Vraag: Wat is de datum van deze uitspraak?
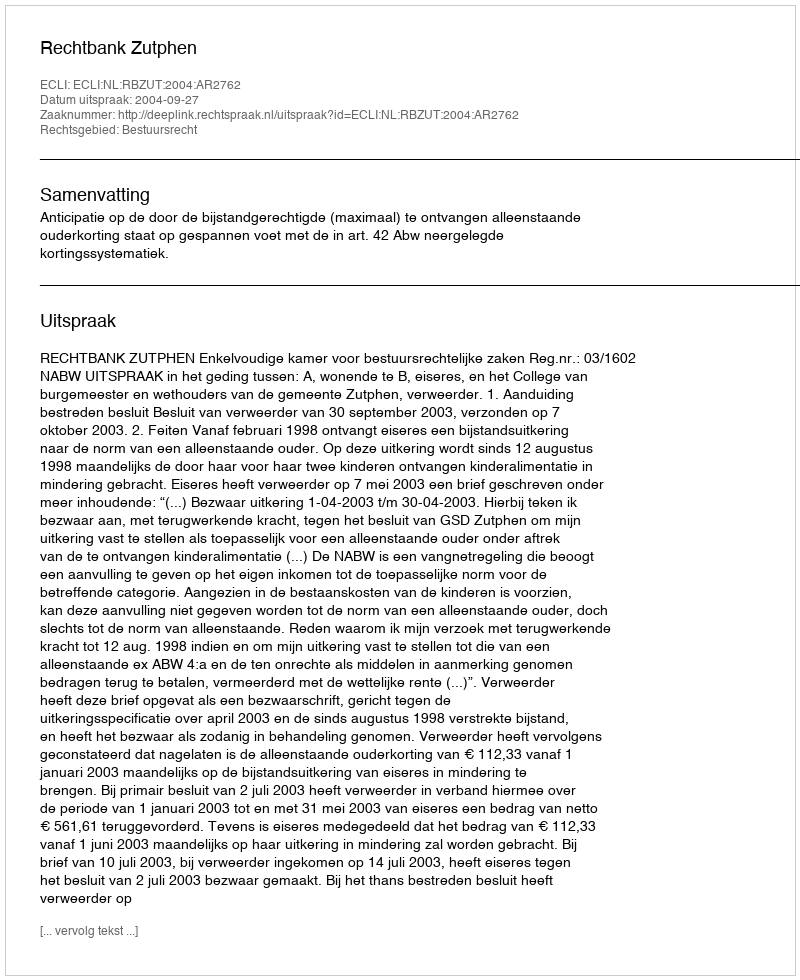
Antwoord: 2004-09-27